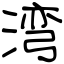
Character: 湾